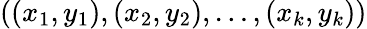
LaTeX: ((x_{1},y_{1}),(x_{2},y_{2}),\dots,(x_{k},y_{k}))